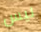
ليس